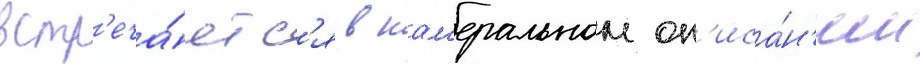
встр'еча́етс'я в кам'еральном оп'иса́н'ии